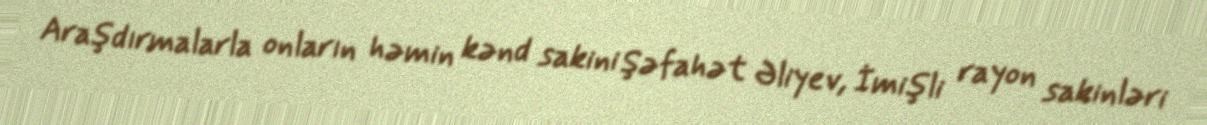
Araşdırmalarla onların həmin kənd sakini Şəfahət Əliyev, İmişli rayon sakinləri